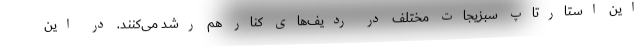
این استارتاپ سبزیجات مختلف در ردیف‌های کنار هم رشد می‌کنند. در این